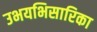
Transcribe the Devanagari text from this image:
उभयभिसारिका